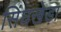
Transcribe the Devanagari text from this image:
सिंघखेड़ा